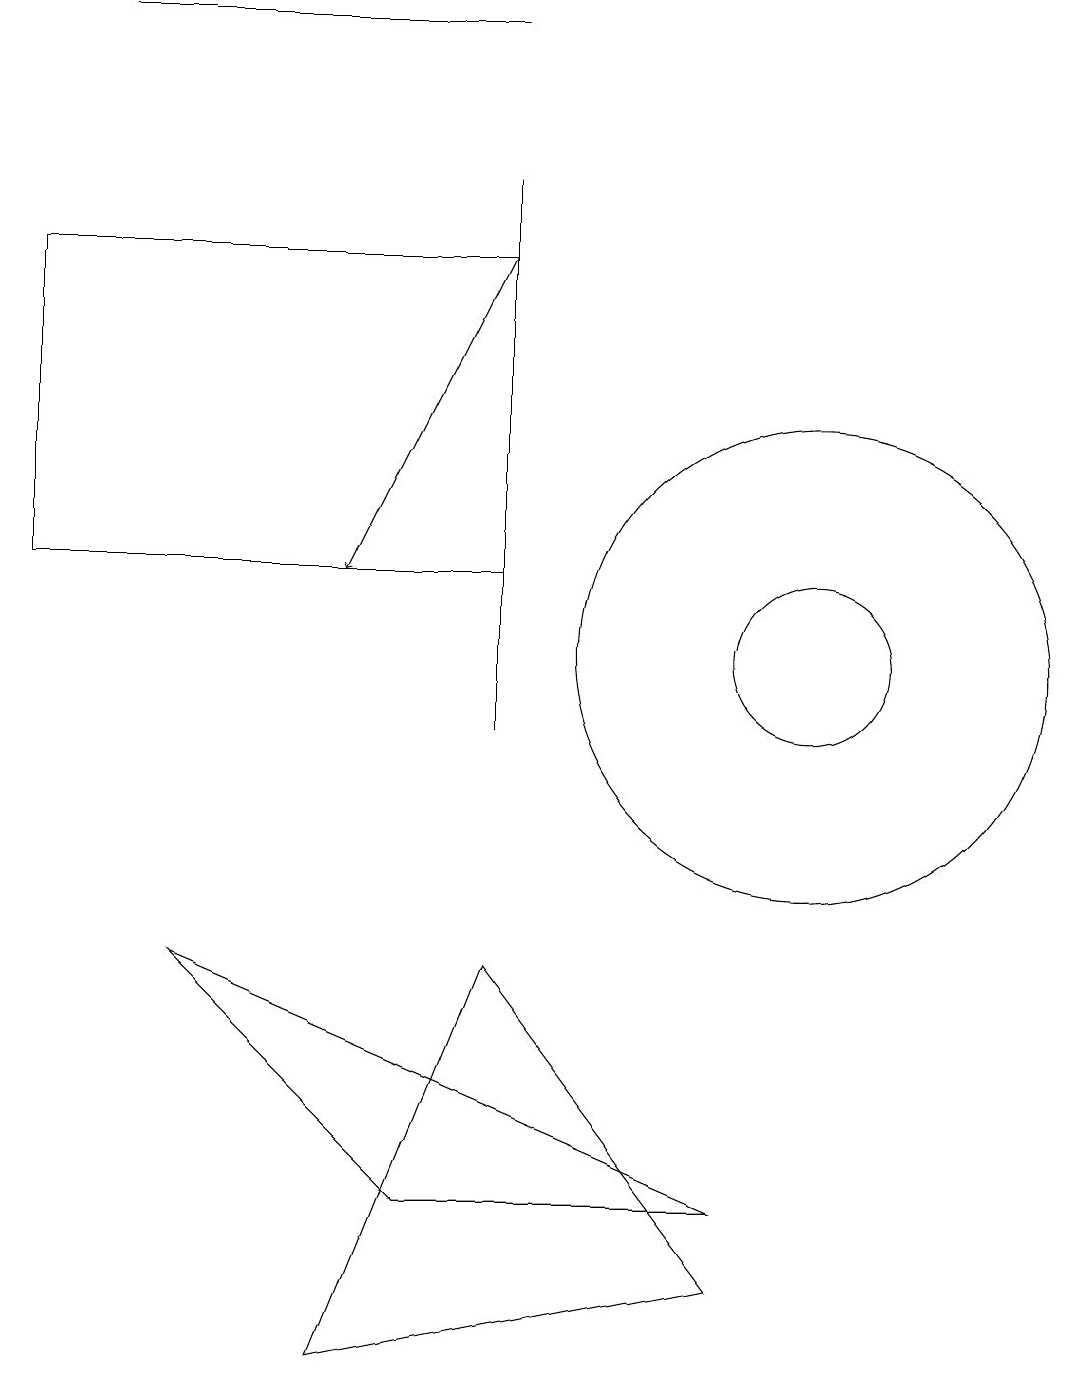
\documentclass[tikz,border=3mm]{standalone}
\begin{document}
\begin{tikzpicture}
\draw (6,12) rectangle (0,16);
\draw (6,19) rectangle (1,19);
\draw (10,11) circle (3);
\draw (6,7) -- (4,2) -- (9,3) -- cycle;
\draw (6,17) rectangle (6,10);
\draw (10,11) circle (1);
\draw[->] (6,16) -- (4,12);
\draw (9,4) -- (2,7) -- (5,4) -- cycle;
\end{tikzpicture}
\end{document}